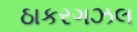
ઠાકરગઝલ